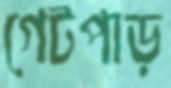
গেটপাড়